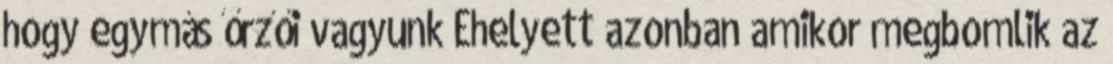
hogy egymás őrzői vagyunk Ehelyett azonban amikor megbomlik az